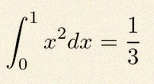
\int_0^1 x^2dx=\frac13